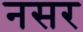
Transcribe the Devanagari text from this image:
नसर